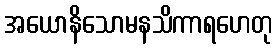
အယောနိသောမနသိကာရဟေတု